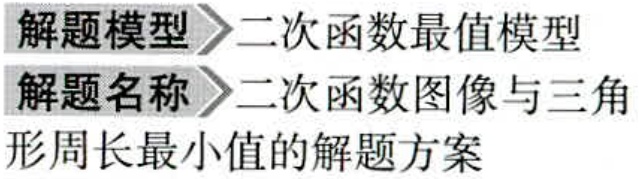
解题模型\(>\)二次函数最值模型
解题名称\(>\)二次函数图像与三角形周长最小值的解题方案